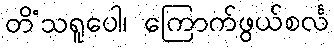
တိံသရူပေါ၊ ကြောက်ဖွယ်စင်္လ